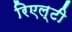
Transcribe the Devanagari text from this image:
रिएल्टी